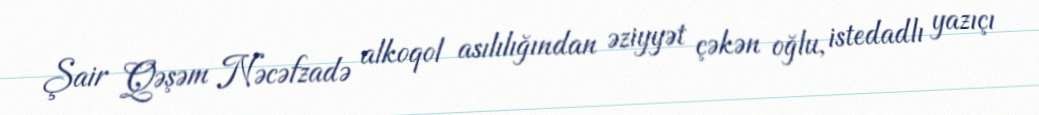
Şair Qəşəm Nəcəfzadə alkoqol asılılığından əziyyət çəkən oğlu, istedadlı yazıçı